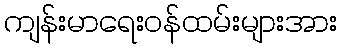
ကျန်းမာရေးဝန်ထမ်းများအား